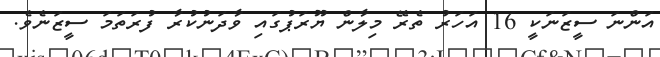
އަންނަ ސީޒަނަކީ 16 އަހަރު ތެރޭ މިލާން ޔޫރަޕުގައި ވާދަނުކުރާ ފުރަތަމަ ސީޒަނެވެ.